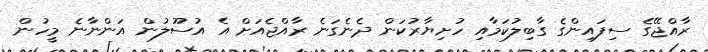
ރާއްޖޭގެ ސިފައިންގެ ގާބިލުކަމާއި ހުށިޔާރުކަން ދެނެގަނެ ރާއްޖެއަށް އެ އުސޫލުން އަންނާނެ މީހުން